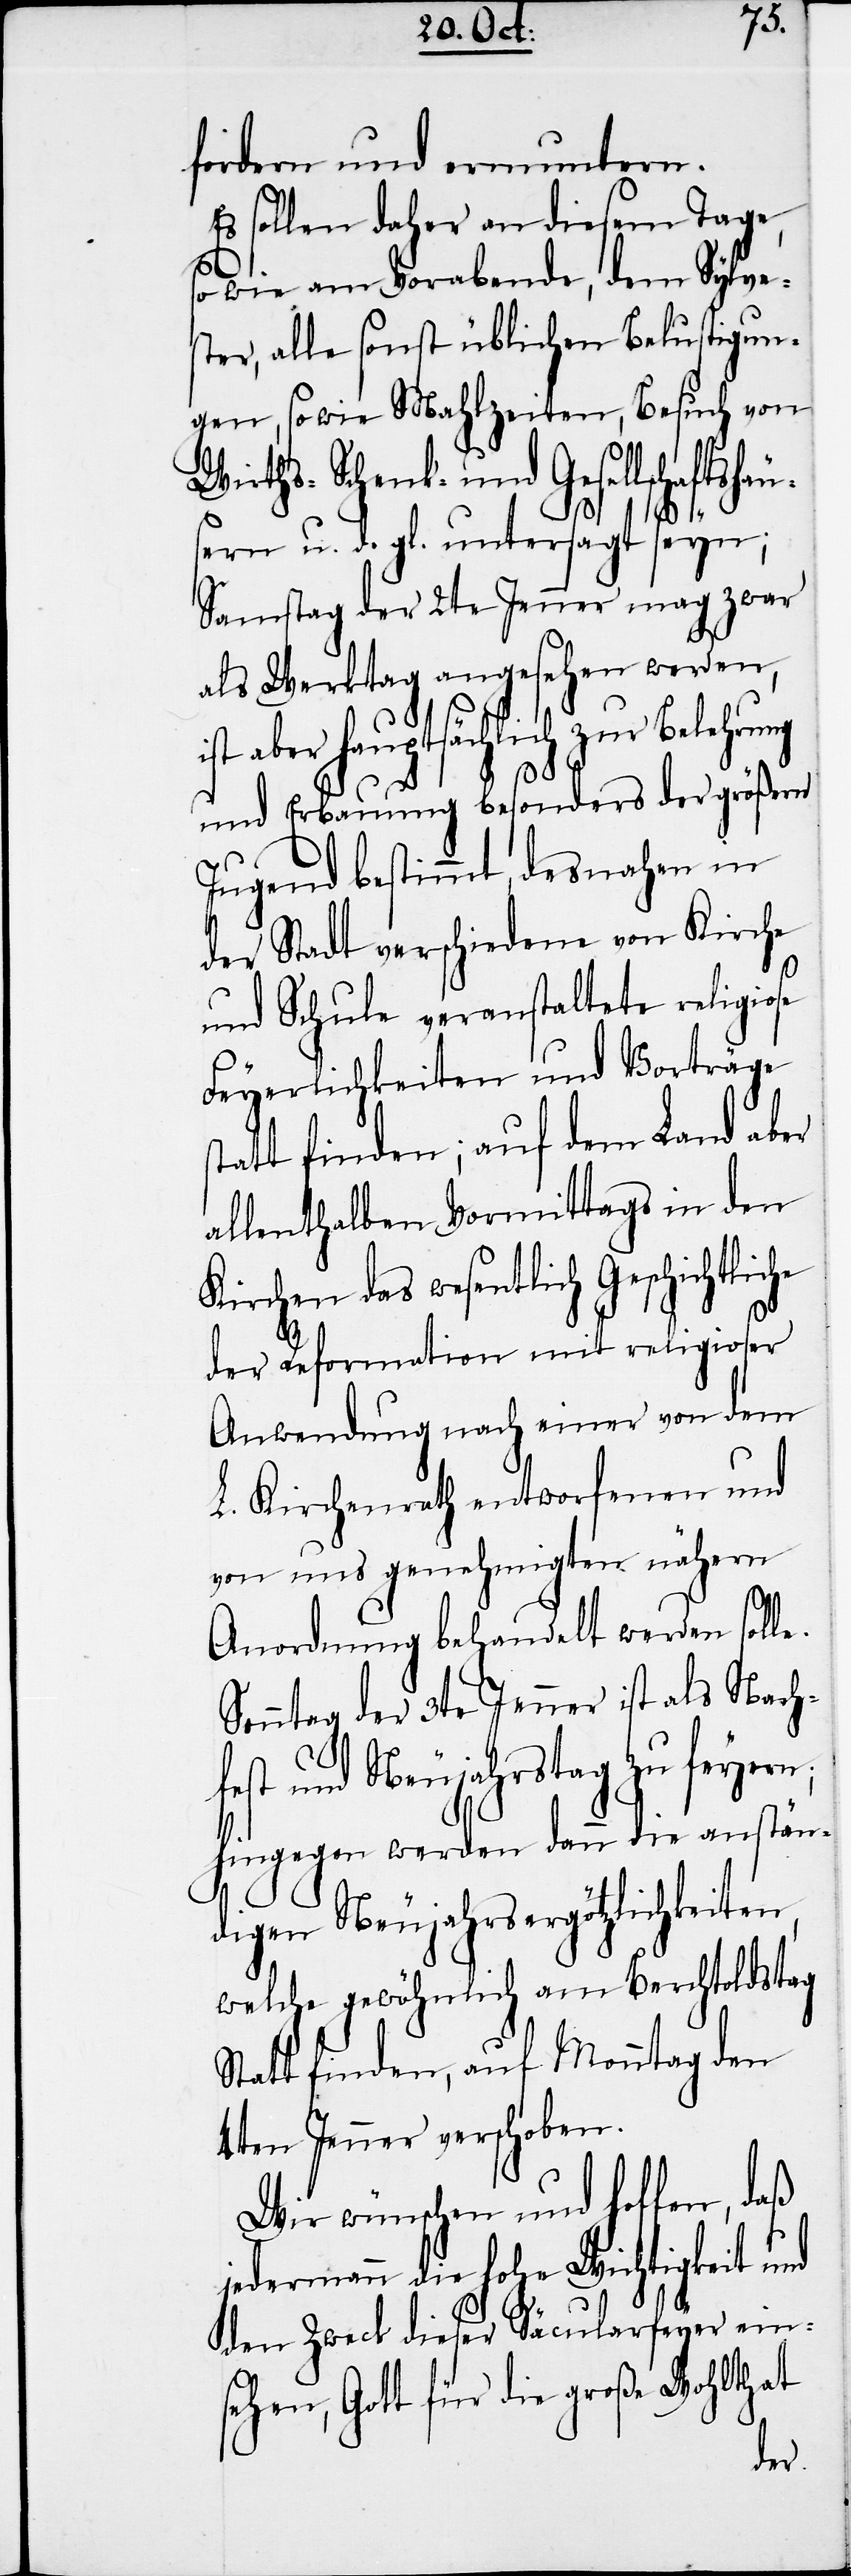
fordern und ermuntern.
Es sollen daher an diesem Tage,
so wie am Vorabende, dem Sylve¬
ster, alle sonst üblichen Belustigun¬
gen, so wie Mahlzeiten, Besuch von
Schenk- und Gesellschaftshäu¬
n,
sern u. d. gl. untersagt seyn;
Samstag der 2te Jenner mag zwar
als Werktag angesehen werden,
ist aber hauptsächlich zur Belehrung
und Erbauung besonders der größern
Jugend bestimmt, desnahen in
der Stadt verschiedene von Kirche
und Schule veranstaltete religiose
Feyerlichkeiten und Vorträge
tatt finden; auf dem Land aber
allenthalben Vormittags in den
Kirchen das wesentlich Geschichtlic¬
der Reformation mit religioser
Anwendung nach einer von dem
L. Kirchenrath entworfenen und
von uns genehmigten nähern
fe¬
Anordnung behandelt werden solle.
Sonntag der 3te Jenner ist als Nach¬
st und Neujahrstag zu feyern;
hingegen werden dann die anstän¬
digen Neujahrsergötzlichkeite¬
welche gewöhnlich am Berchtoldstag
Statt finden, auf Monntag den
4ten Jenner verschoben.
Wir wünschen und hoffen, daß
jedermann die hohe Wichtigkeit und
den Zweck dieser Säcularfeyer ein¬
sehen, Gott für die große Wohlthat